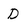
Character: D